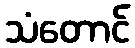
သံတောင်